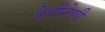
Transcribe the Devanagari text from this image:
देवीनेणी